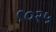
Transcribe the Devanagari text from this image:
९०२५